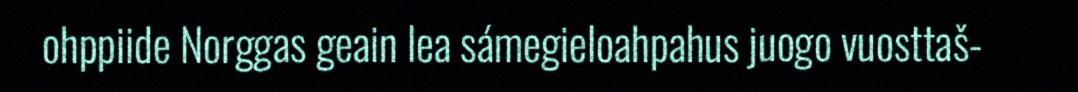
ohppiide Norggas geain lea sámegieloahpahus juogo vuosttaš-